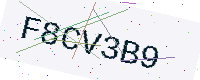
Text: F8CV3B9